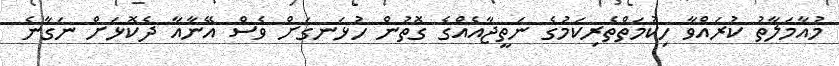
މުއާމަލާތު ކުރައްވާ ހިކުމަތްތެރިކަމުގެ ނަތީޖާއެއްގެ ގޮތުން ހުޅަނގަށް ވެސް އޭނާއާ ދެކޮޅަށް ނަގާނެ